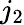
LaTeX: j_{2}